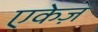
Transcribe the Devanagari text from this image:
एकेज़